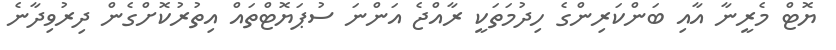
ޔޮޓް މެރީނާ އާއި ބަންކަރިންގެ ހިދުމަތަކީ ރާއްޖެ އަންނަ ސުޕަޔޮޓްތައް އިތުރުކޮށްގެން ދިރުވިދާނެ